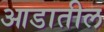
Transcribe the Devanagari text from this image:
आडातील